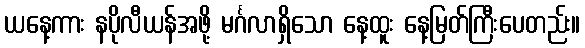
ယနေ့ကား နပိုလီယန်အဖို့ မင်္ဂလာရှိသော နေ့ထူး နေ့မြတ်ကြီးပေတည်း။